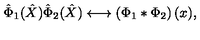
\hat { \Phi } _ { 1 } ( \hat { X } ) \hat { \Phi } _ { 2 } ( \hat { X } ) \longleftrightarrow \left( \Phi _ { 1 } * \Phi _ { 2 } \right) ( x ) ,